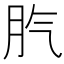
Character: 䏗